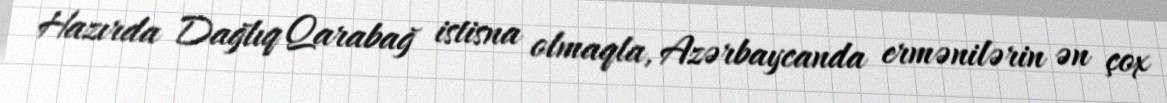
Hazırda Dağlıq Qarabağ istisna olmaqla, Azərbaycanda ermənilərin ən çox